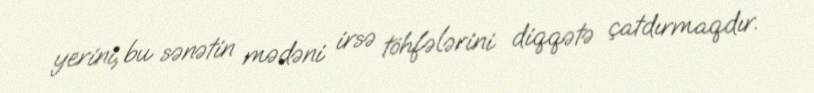
yerini, bu sənətin mədəni irsə töhfələrini diqqətə çatdırmaqdır.